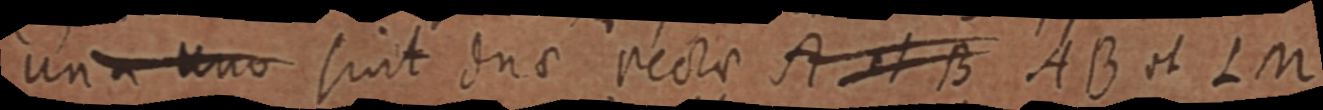
una vno sut dne nectae sXB AB A IM